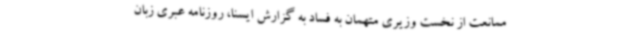
ممانعت از نخست وزیری متهمان به فساد به گزارش ایسنا، روزنامه عبری زبان